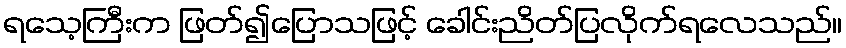
ရသေ့ကြီးက ဖြတ်၍ပြောသဖြင့် ခေါင်းညိတ်ပြလိုက်ရလေသည်။